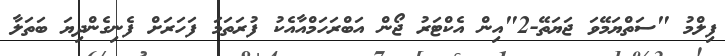
ފިލްމު "ސަތްޔަމޭވަ ޖަޔަތޭ-2"އިން އެކްޓަރު ޖޯން އަބްރަހަމްއާއެކު ފުރަތަމަ ފަހަރަށް ފެނިގެންދިޔަ ބަތަލާ